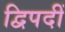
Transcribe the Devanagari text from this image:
द्विपदीं